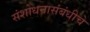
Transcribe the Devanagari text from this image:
संशोधनासंबंधीचे